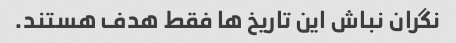
نگران نباش این تاریخ ها فقط هدف هستند.